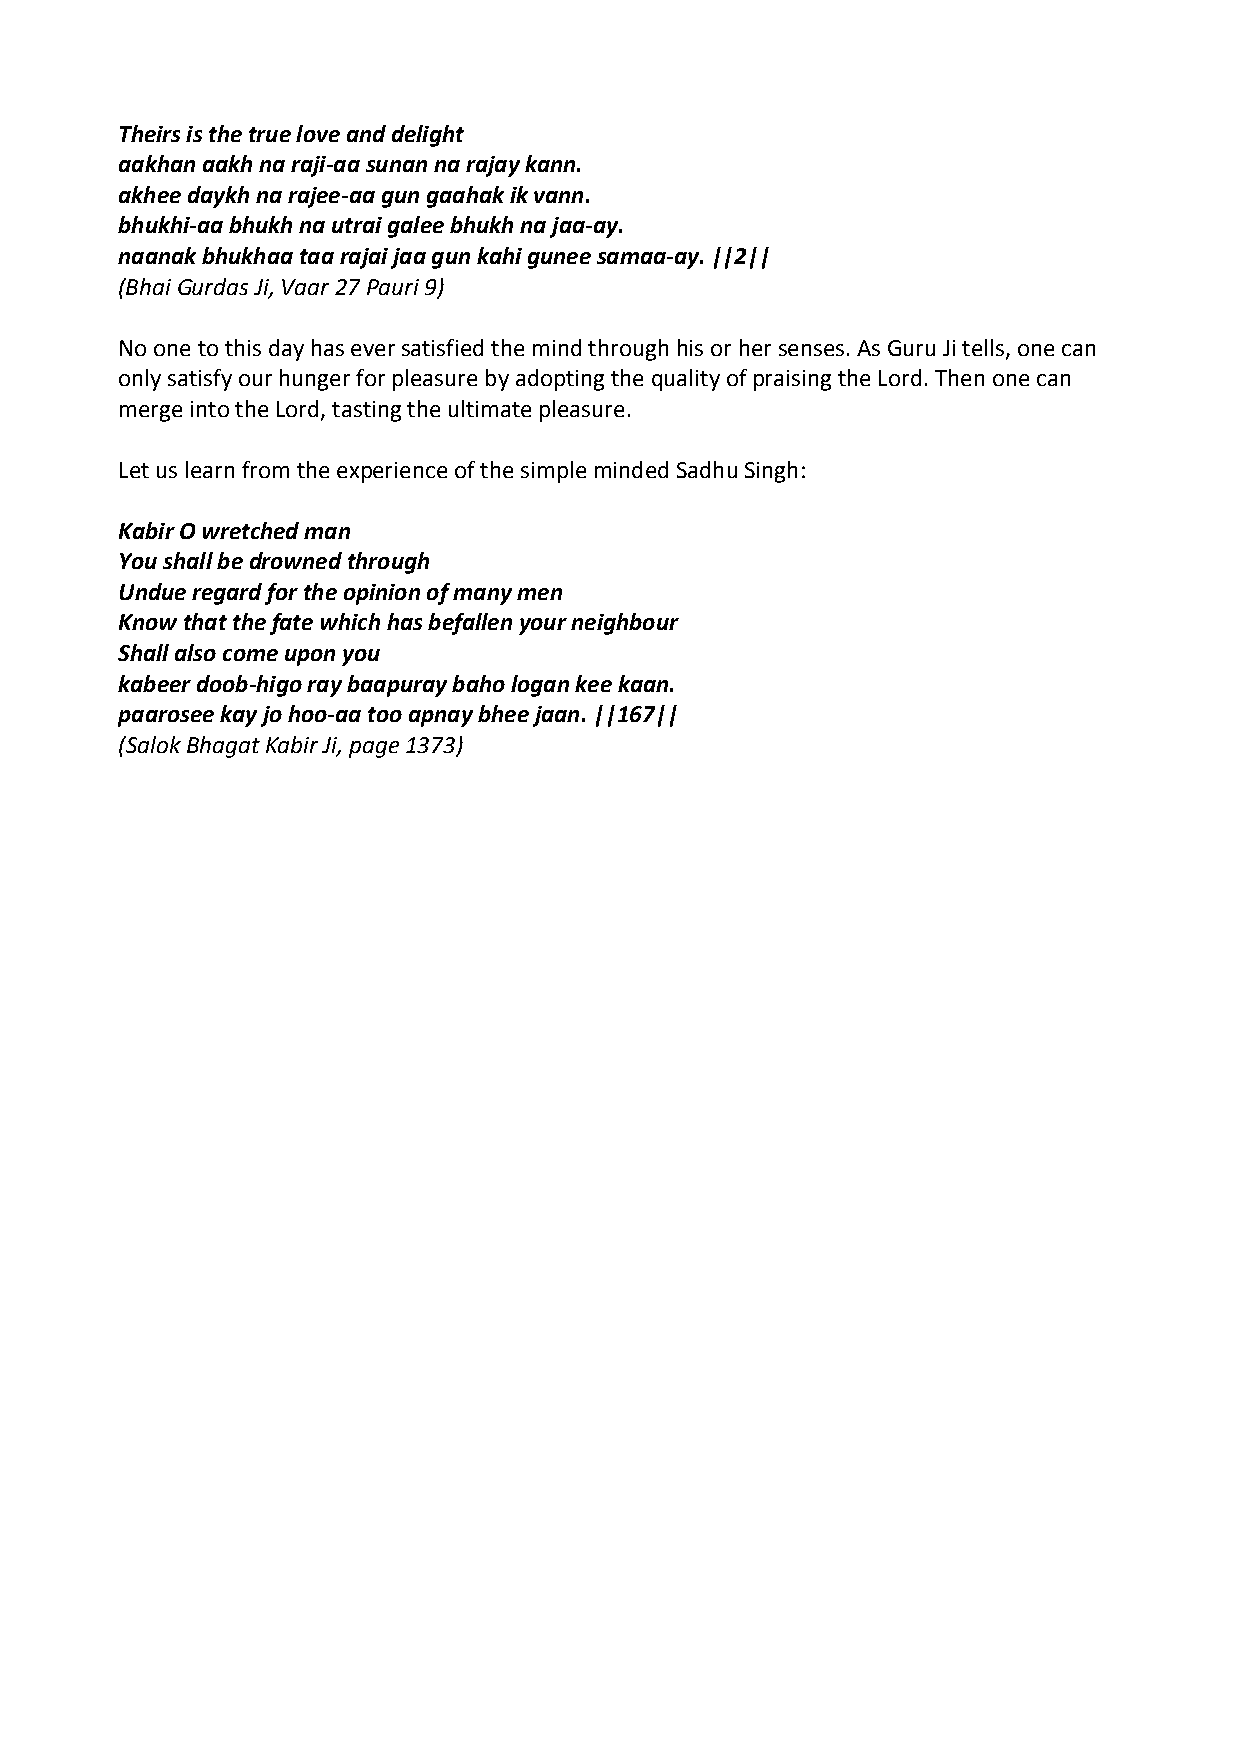
Theirs is the true love and delight
 aakhan aakh na raji‐aa sunan na rajay kann.
 akhee daykh na rajee‐aa gun gaahak ik vann.
 bhukhi‐aa bhukh na utrai galee bhukh na jaa‐ay.
 naanak bhukhaa taa rajai jaa gun kahi gunee samaa‐ay. ||2||
 (Bhai Gurdas Ji, Vaar 27 Pauri 9)
 No one to this day has ever satisfied the mind through his or her senses. As Guru Ji tells, one can
 only satisfy our hunger for pleasure by adopting the quality of praising the Lord. Then one can
 merge into the Lord, tasting the ultimate pleasure.
 Let us learn from the experience of the simple minded Sadhu Singh:
 Kabir O wretched man
 You shall be drowned through
 Undue regard for the opinion of many men
 Know that the fate which has befallen your neighbour
 Shall also come upon you
 kabeer doob‐higo ray baapuray baho logan kee kaan.
 paarosee kay jo hoo‐aa too apnay bhee jaan. ||167||
 (Salok Bhagat Kabir Ji, page 1373)